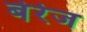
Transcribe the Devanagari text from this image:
बेरेज